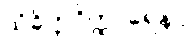
သံခိတ္တဝိတ္ထာရေနပိ